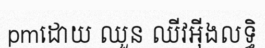
pmដោយ ឈួន ឈីវអ៊ីងលទ្ធិ